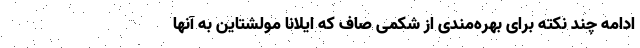
ادامه چند نکته برای بهره‌مندی از شکمی صاف که ایلانا مولشتاین به آنها